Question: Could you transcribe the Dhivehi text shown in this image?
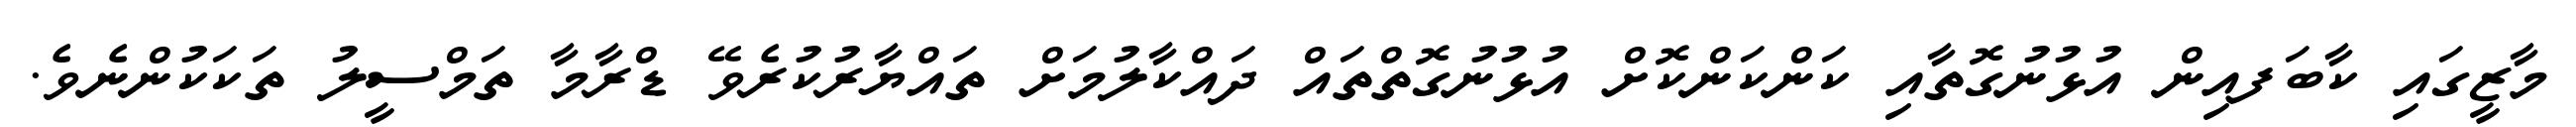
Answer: މާޒީގައި ކާބަފއިން އުޅުނުގޮތާއި ކަންކަންކޮށް އުޅުނުގޮތްތައް ދައްކާލުމަށް ތައްޔާރުކުރެވޭ ޑްރާމާ ތަމްސީލު ތަކަކުންނެވެ.